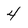
Character: 4